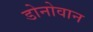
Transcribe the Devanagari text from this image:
डोनोवान